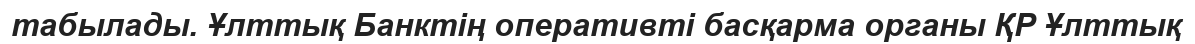
табылады. Ұлттық Банктің оперативті басқарма органы ҚР Ұлттық